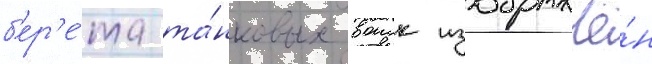
б'ер'е́та та́нковых воиск изображё́н